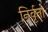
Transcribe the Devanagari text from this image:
निर्वृतो